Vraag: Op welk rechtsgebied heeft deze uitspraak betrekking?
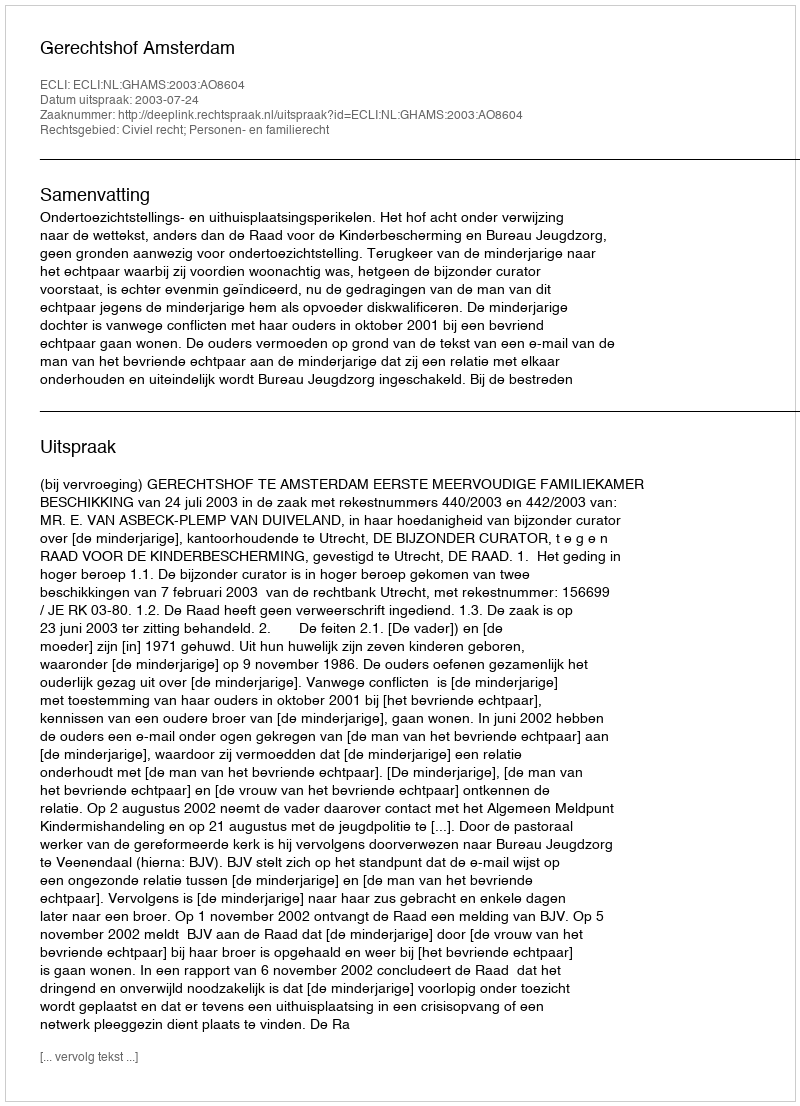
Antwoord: Civiel recht; Personen- en familierecht